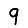
Digit: 9